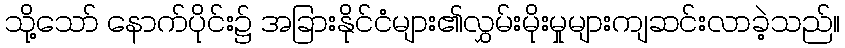
သို့သော် နောက်ပိုင်း၌ အခြားနိုင်ငံများ၏လွှမ်းမိုးမှုများကျဆင်းလာခဲ့သည်။